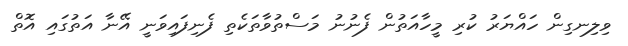
ވިލިނގިން ހައްޔަރު ކުރި މީހާއަތުން ފެނުނު މަސްތުވާތަކެތި ފެނިފައިވަނީ އޭނާ އަތުގައި އޮތް